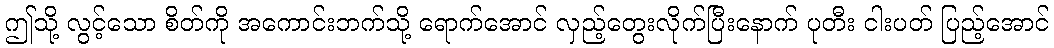
ဤသို့ လွင့်သော စိတ်ကို အကောင်းဘက်သို့ ရောက်အောင် လှည့်တွေးလိုက်ပြီးနောက် ပုတီး ငါးပတ် ပြည့်အောင်